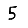
Digit: 5